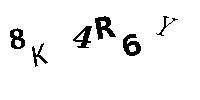
8K4R6Y